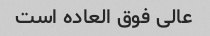
عالی فوق العاده است